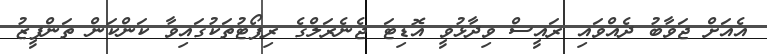
އެއަށް ޖަވާބު ދެއްވައި ރައީސް ވިދާޅުވީ އޮޑިޓަ ޖެނެރަލްގެ ރިޕޯޓުތަކުގައިވާ ކަންކަން ތަންފީޒު